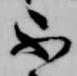
不